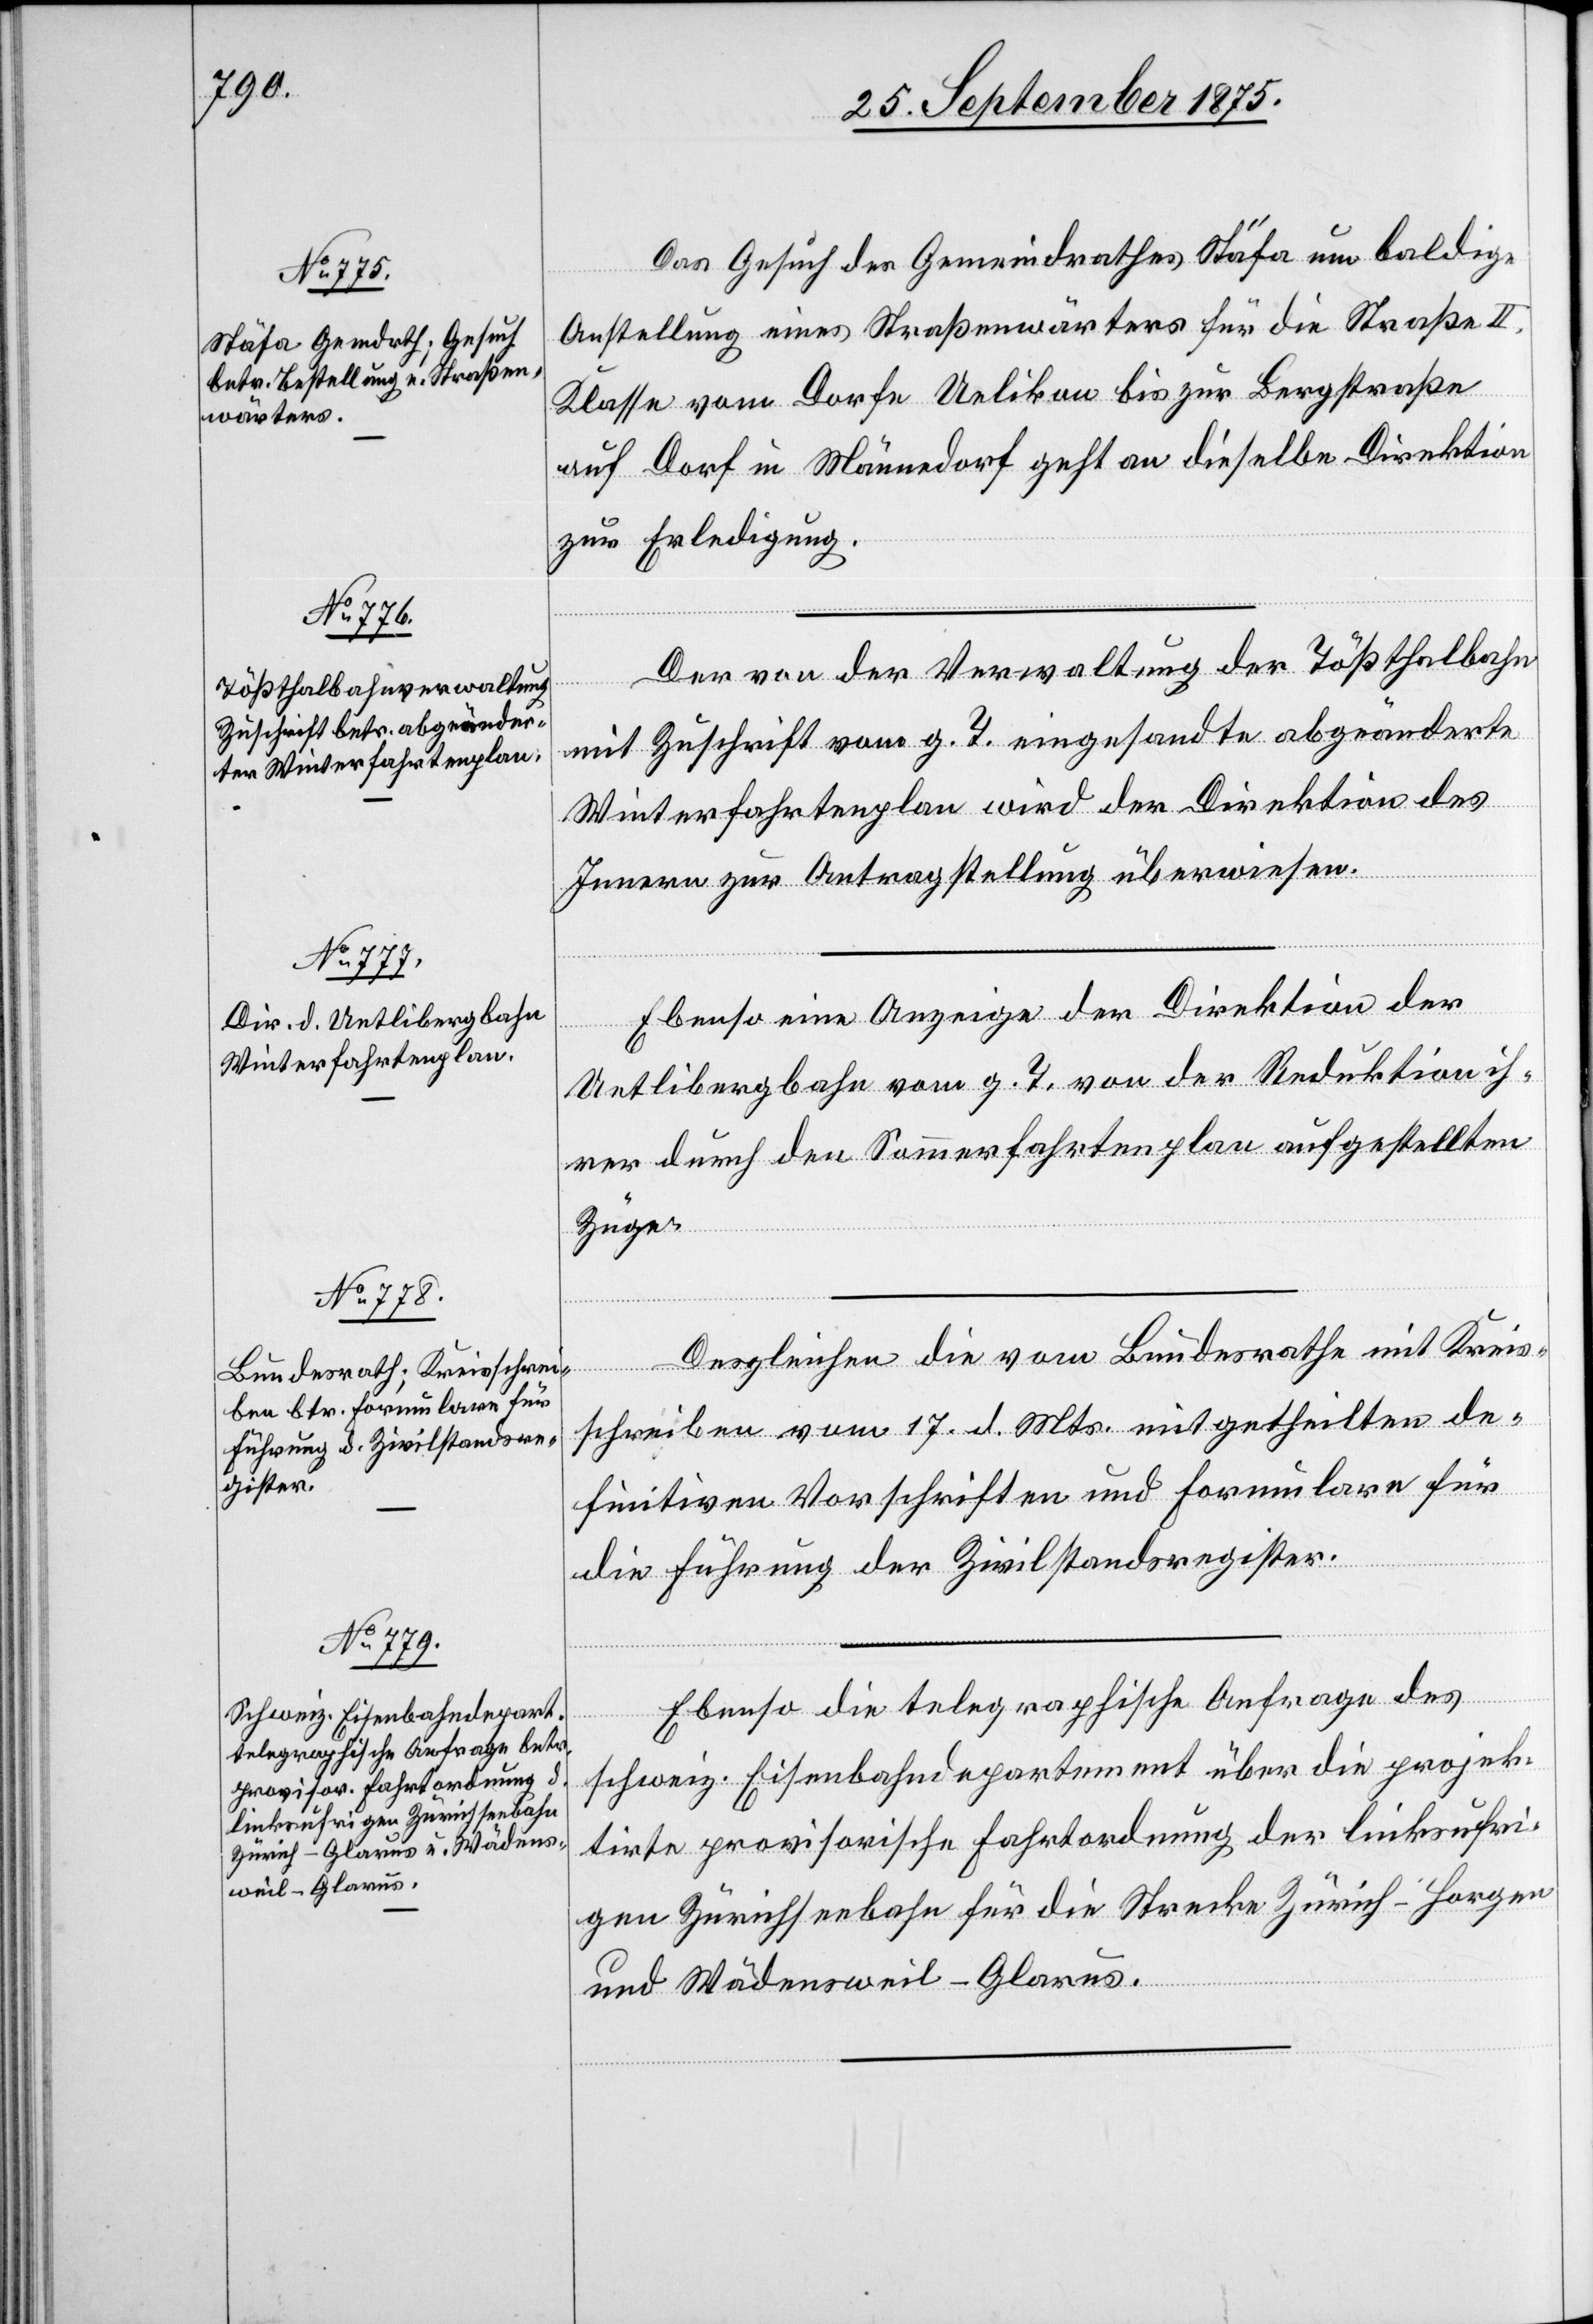
29. September 1875.]
Das Gesuch des Gemeindrathes Stäfa um baldige
Anstellung eines Straßenwärters für die Straße II.
Klasse vom Dorfe Uelikon bis zur Bergstraße
auf Dorf in Männedorf geht an dieselbe Direktion
zur Erledigung
Der von der Verwaltung der Tößthalbahn
mit Zuschrift vom g. T. eingesandte abgeänderte
Winterfahrtenplan wird der Direktion des
Innern zur Antragstellung überwiesen.
Ebenso eine Anzeige der Direktion der
Uetlibergbahn vom g. T. von der Reduktion ih¬
rer durch den Sommerfahrtenplan aufgestellten
Züge.
Desgleichen die vom Bundesrathe mit Kreis¬
schreiben vom 17. d. Mts. mitgetheilten de¬
finitiven Vorschriften und Formulare für
die Führung der Zivilstandsregister.
Ebenso die telegraphische Anfrage des
schweiz. Eisenbahndepartement über die projek¬
tirte provisorische Fahrtordnung der linksufri¬
gen Zürichseebahn für die Strecke Zürich–Horgen
und Wädensweil–Glarus.